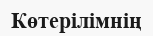
Көтерілімнің